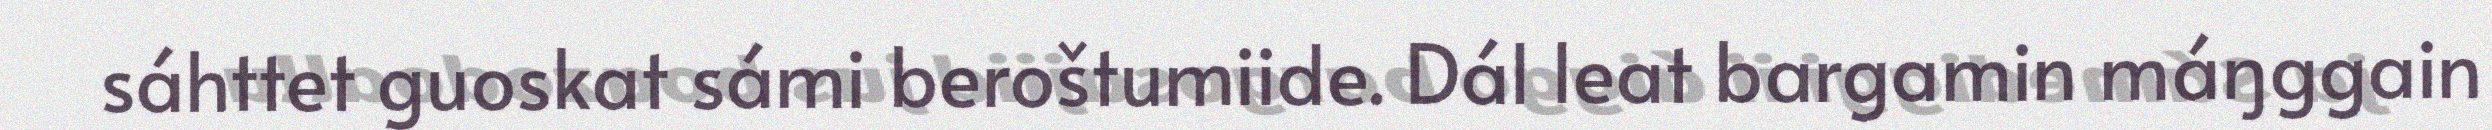
sáhttet guoskat sámi beroštumiide. Dál leat bargamin máŋggain